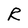
Character: R